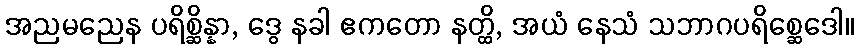
အညမညေန ပရိစ္ဆိန္နာ, ဒွေ နခါ ဧကတော နတ္ထိ, အယံ နေသံ သဘာဂပရိစ္ဆေဒေါ။